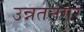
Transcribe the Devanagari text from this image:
उन्नतनगर